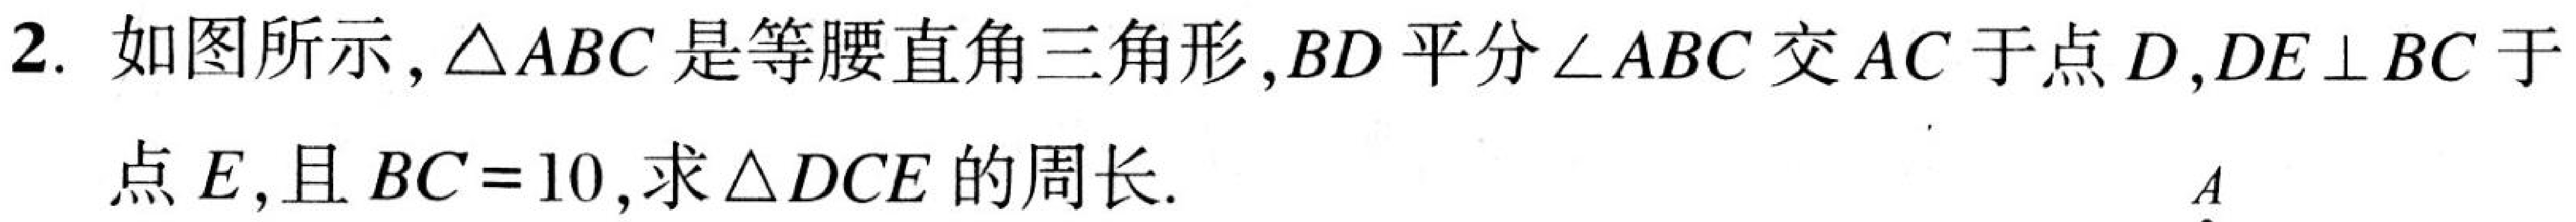
2. 如图所示，\(\triangle ABC\)是等腰直角三角形，\(BD\)平分\(\angle ABC\)交\(AC\)于点\(D\)，\(DE\perp BC\)于点\(E\)，且\(BC = 10\)，求\(\triangle DCE\)的周长.